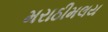
મરાઠીમલય